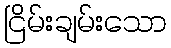
ငြိမ်းချမ်းသော